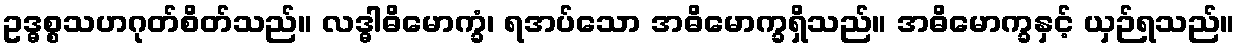
ဥဒ္ဓစ္စသဟဂုတ်စိတ်သည်။ လဒ္ဓါဓိမောက္ခံ၊ ရအပ်သော အဓိမောက္ခရှိသည်။ အဓိမောက္ခနှင့် ယှဉ်ရသည်။